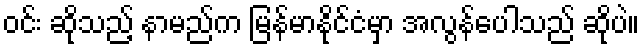
ဝင်း ဆိုသည့် နာမည်က မြန်မာနိုင်ငံမှာ အလွန်ပေါသည် ဆိုပဲ။